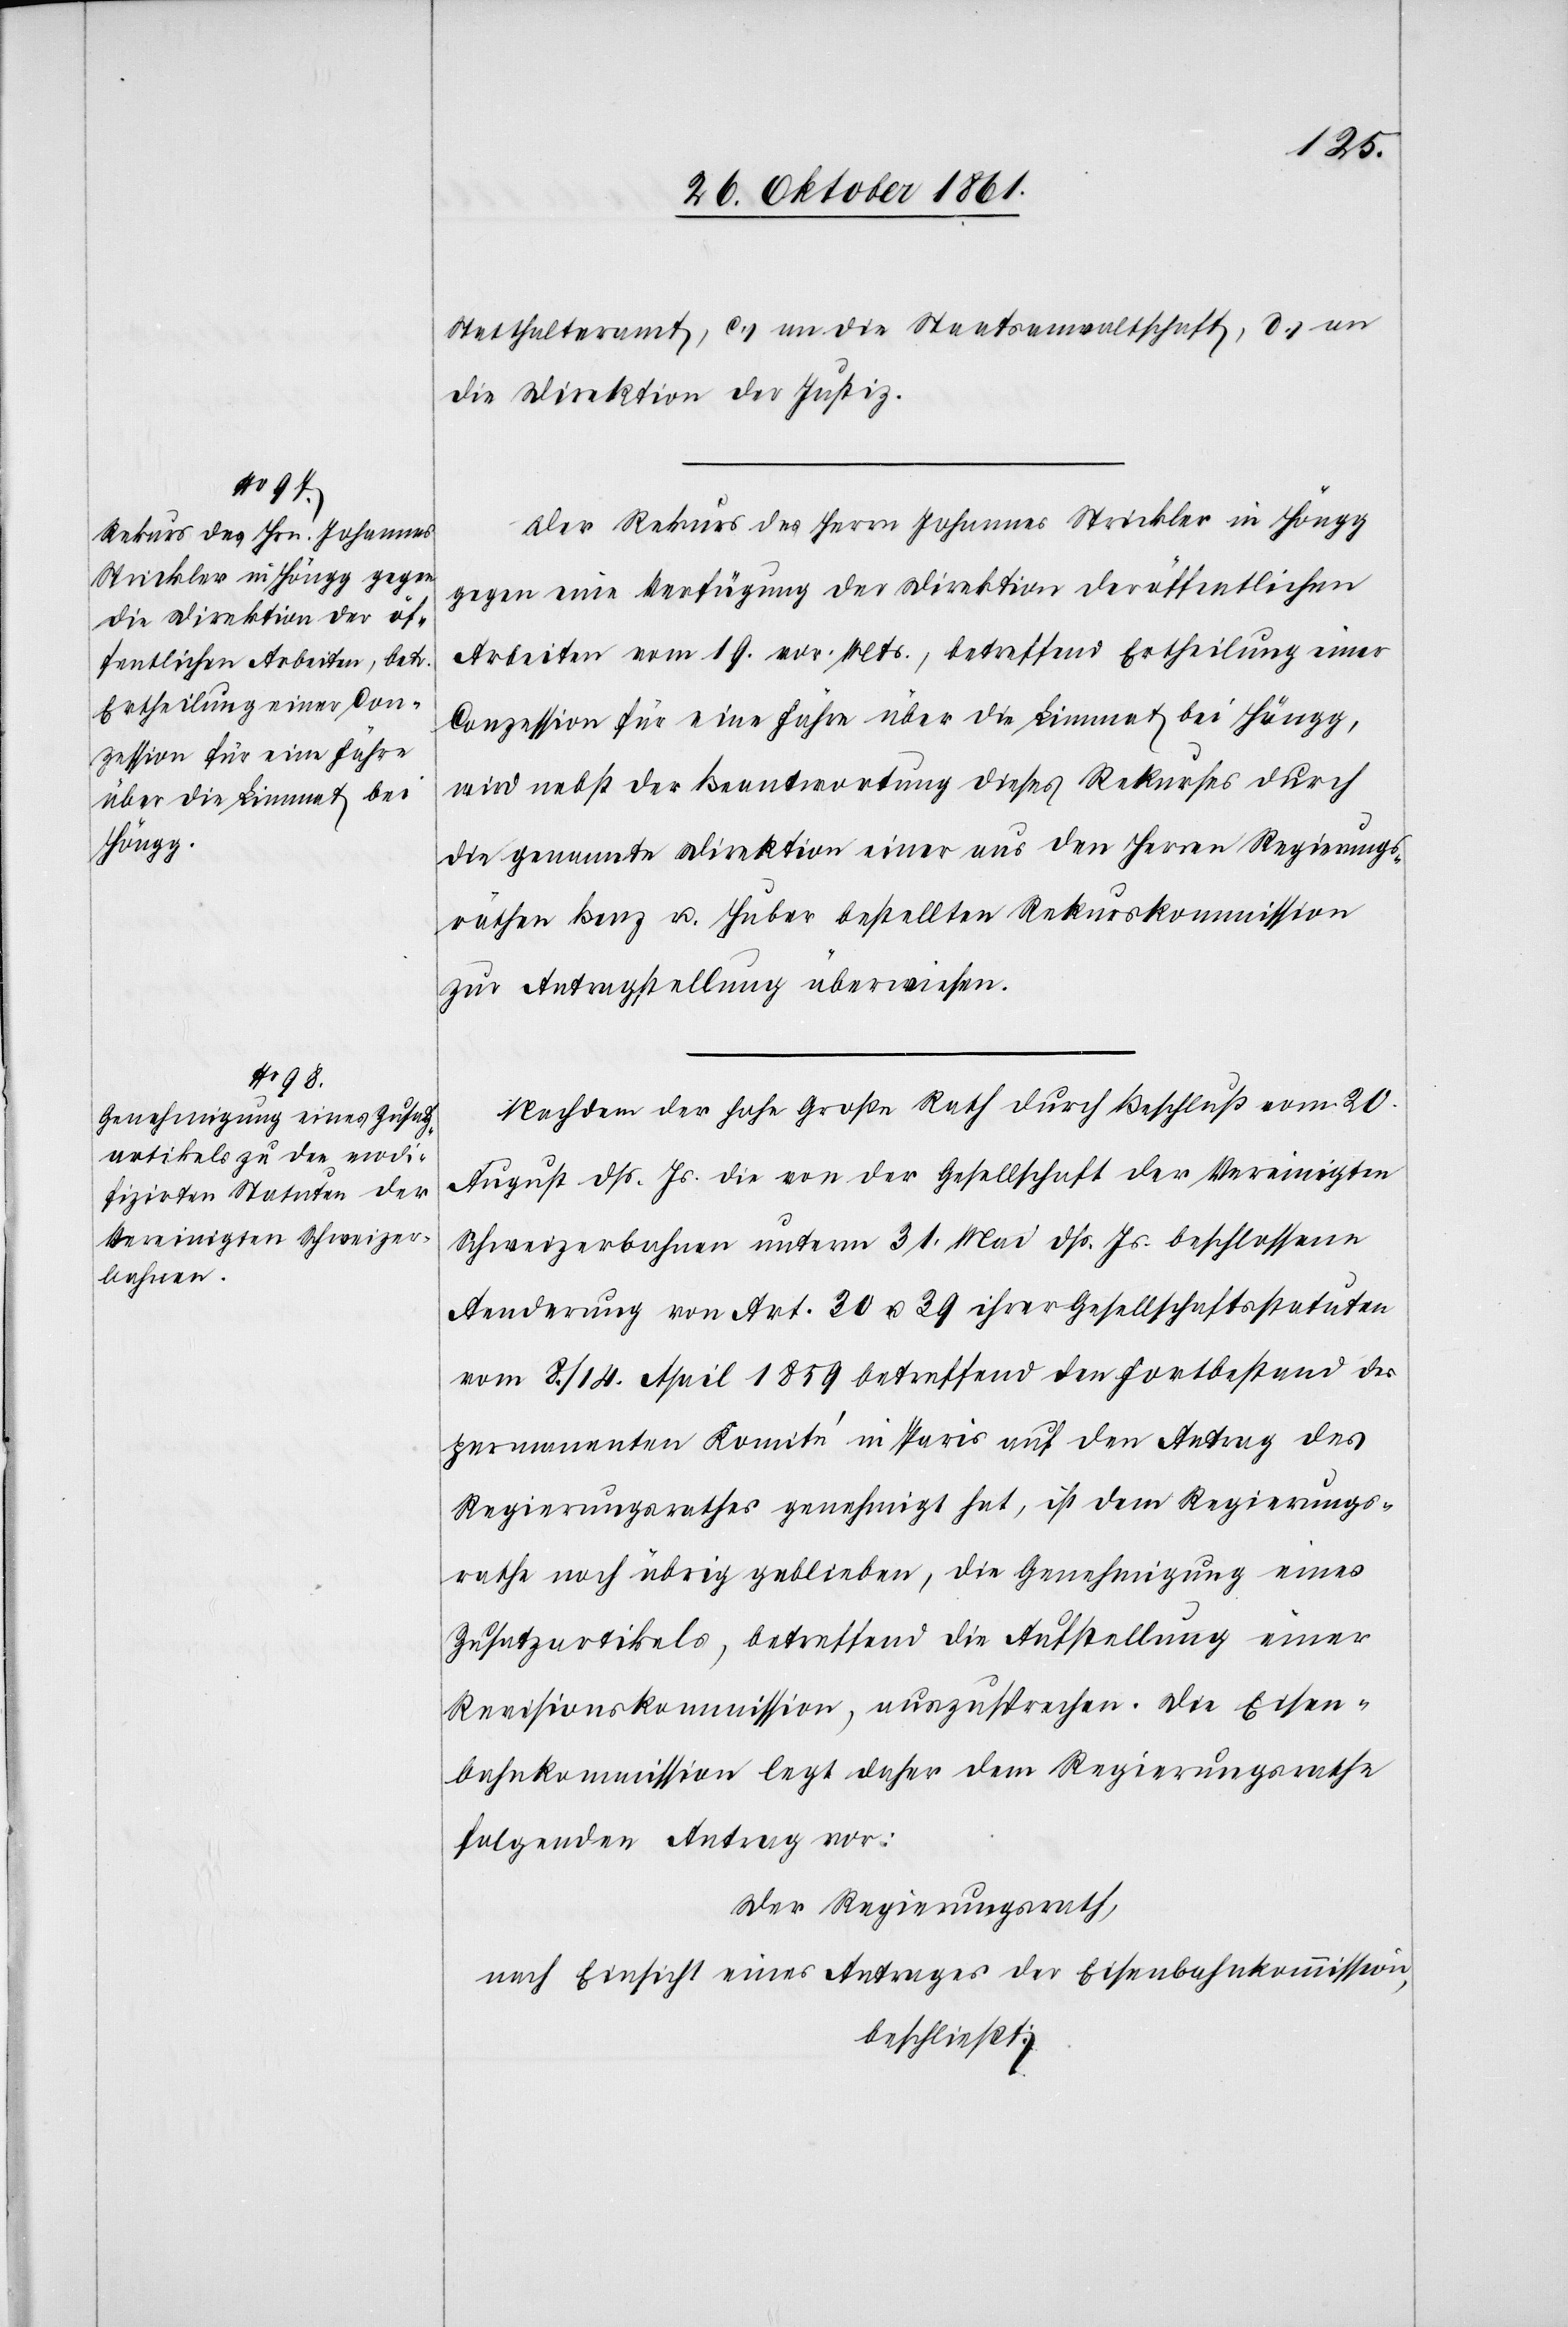
Statthalteramt, c) an die Staatsanwaltschaft, d) an
die Direktion der Justiz.
Der Rekurs des Herrn Johannes Strickler in Höngg
gegen eine Verfügung der Direktion der öffentlichen
Arbeiten vom 19 vor. Mts., betreffend Ertheilung einer
Conzession für eine Fähre über die Limmat bei Höngg,
wird nebst der Beantwortung dieses Rekurses durch
die genannte Direktion einer aus den Herrn Regierungs¬
räthen Benz u. Huber bestellten Rekurskommission
zur Antragstellung überwiesen.
Nachdem der hohe Große Rath durch Beschluß vom 20
August dß. Js. die von der Gesellschaft der Vereinigten
Schweizerbahnen unterm 31 Mai dß. Js. beschlossene
Aenderung von Art. 30 u. 39 ihrer Gesellschaftsstatuten
vom 8 / 14 April 1859 betreffend den Fortbestand des
permanenten Komité in Paris auf den Antrag des
Regierungsrathes genehmigt hat, ist dem Regierungs¬
rathe noch übrig geblieben, die Genehmigung eines
Zusatzartikels, betreffend die Aufstellung einer
Revisionskommission, auszusprechen. Die Eisen¬
bahnkommission legt daher dem Regierungsrathe
folgenden Antrag vor:
Der Regierungsrath,
nach Einsicht eines Antrages der Eisenbahnkommission,
beschließt: